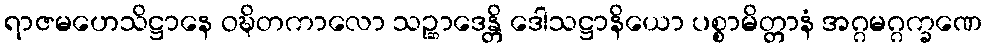
ရာဇမဟေသိဋ္ဌာနေ ဝဍ္ဎိတကာလော သဉ္ဆာဒေန္တိ ဒေါသဋ္ဌာနိယော ပစ္စာမိတ္တာနံ အဂ္ဂမဂ္ဂက္ခဏေ